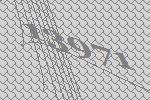
13971